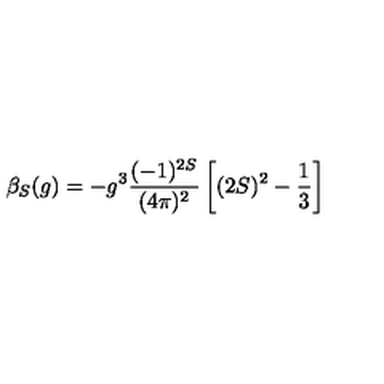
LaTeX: \beta _ { S } ( g ) = - g ^ { 3 } \frac { ( - 1 ) ^ { 2 S } } { ( 4 \pi ) ^ { 2 } } \left[ ( 2 S ) ^ { 2 } - \frac { 1 } { 3 } \right]